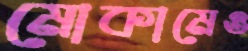
মোকামেও